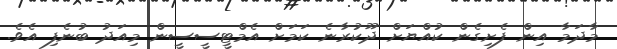
މާދަމާ އިން ފެށިގެން ކުއްޔަށް ދޫކުރާނެ ކަމަށް އެމްޓީސީސީން މިއަދު ބުނެފި އެވެ.